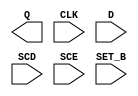
module sky130_fd_sc_hvl__sdfstp (
    Q    ,
    CLK  ,
    D    ,
    SCD  ,
    SCE  ,
    SET_B
);

    output Q    ;
    input  CLK  ;
    input  D    ;
    input  SCD  ;
    input  SCE  ;
    input  SET_B;

    // Voltage supply signals
    supply1 VPWR;
    supply0 VGND;
    supply1 VPB ;
    supply0 VNB ;

endmodule